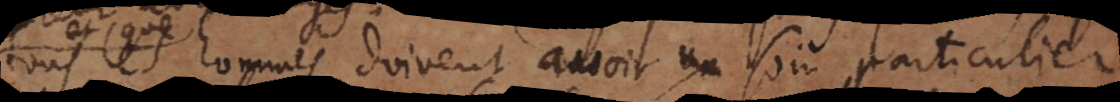
hommes doivent avoir un soin particulier